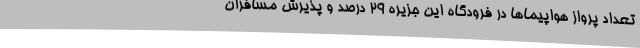
تعداد پرواز هواپیماها در فرودگاه این جزیره ۲۹ درصد و پذیرش مسافران